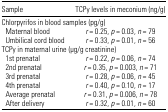
| Sample | TCPy levels in meconium (ng/g) |
 | --- | --- |
 | <COLSPAN=2> Chlorpyrifos in blood samples (pg/g) |
 | Maternal blood | r = 0.25, p = 0.03, n = 79 |
 | Umbilical cord blood | r = 0.33, p = 0.01, n = 56 |
 | <COLSPAN=2> TCPy in maternal urine (μg/g creatinine) |
 | 1st prenatal | r = 0.22, p = 0.06, n = 74 |
 | 2nd prenatal | r = 0.35, p = 0.003, n = 71 |
 | 3rd prenatal | r = 0.28, p = 0.06, n = 45 |
 | 4th prenatal | r = 0.40, p = 0.10, n = 17 |
 | Average prenatal | r = 0.31, p = 0.006, n = 78 |
 | After delivery | r = 0.32, p = 0.01, n = 60 |